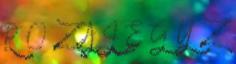
R O Z A J E G Y Z